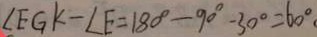
\angle E G K - \angle E = 1 8 0 ^ { \circ } - 9 0 ^ { \circ } - 3 0 ^ { \circ } = 6 0 ^ { \circ }